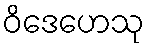
ဝိဒေဟေသု